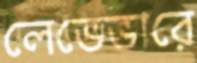
লেভেভারে